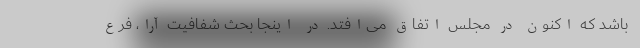
باشد که اکنون در مجلس اتفاق می‌افتد. در اینجا بحث شفافیت آرا، فرع